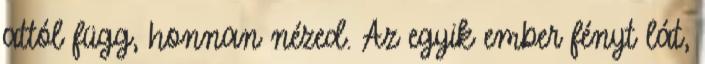
attól függ, honnan nézed. Az egyik ember fényt lát,